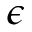
\epsilon